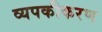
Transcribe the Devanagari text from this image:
व्यपकीकरण